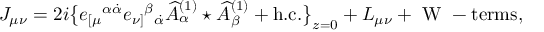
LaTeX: J _ { \mu \nu } = 2 i \big \{ e _ { [ \mu } { } ^ { \alpha \dot { \alpha } } e _ { \nu ] } { } ^ { \beta } { } _ { \dot { \alpha } } \widehat A _ { \alpha } ^ { ( 1 ) } \star \widehat A _ { \beta } ^ { ( 1 ) } + \mathrm { h . c . } \big \} _ { z = 0 } + L _ { \mu \nu } + \mathrm { ~ W ~ - t e r m s } ,